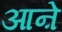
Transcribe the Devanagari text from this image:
आऩे